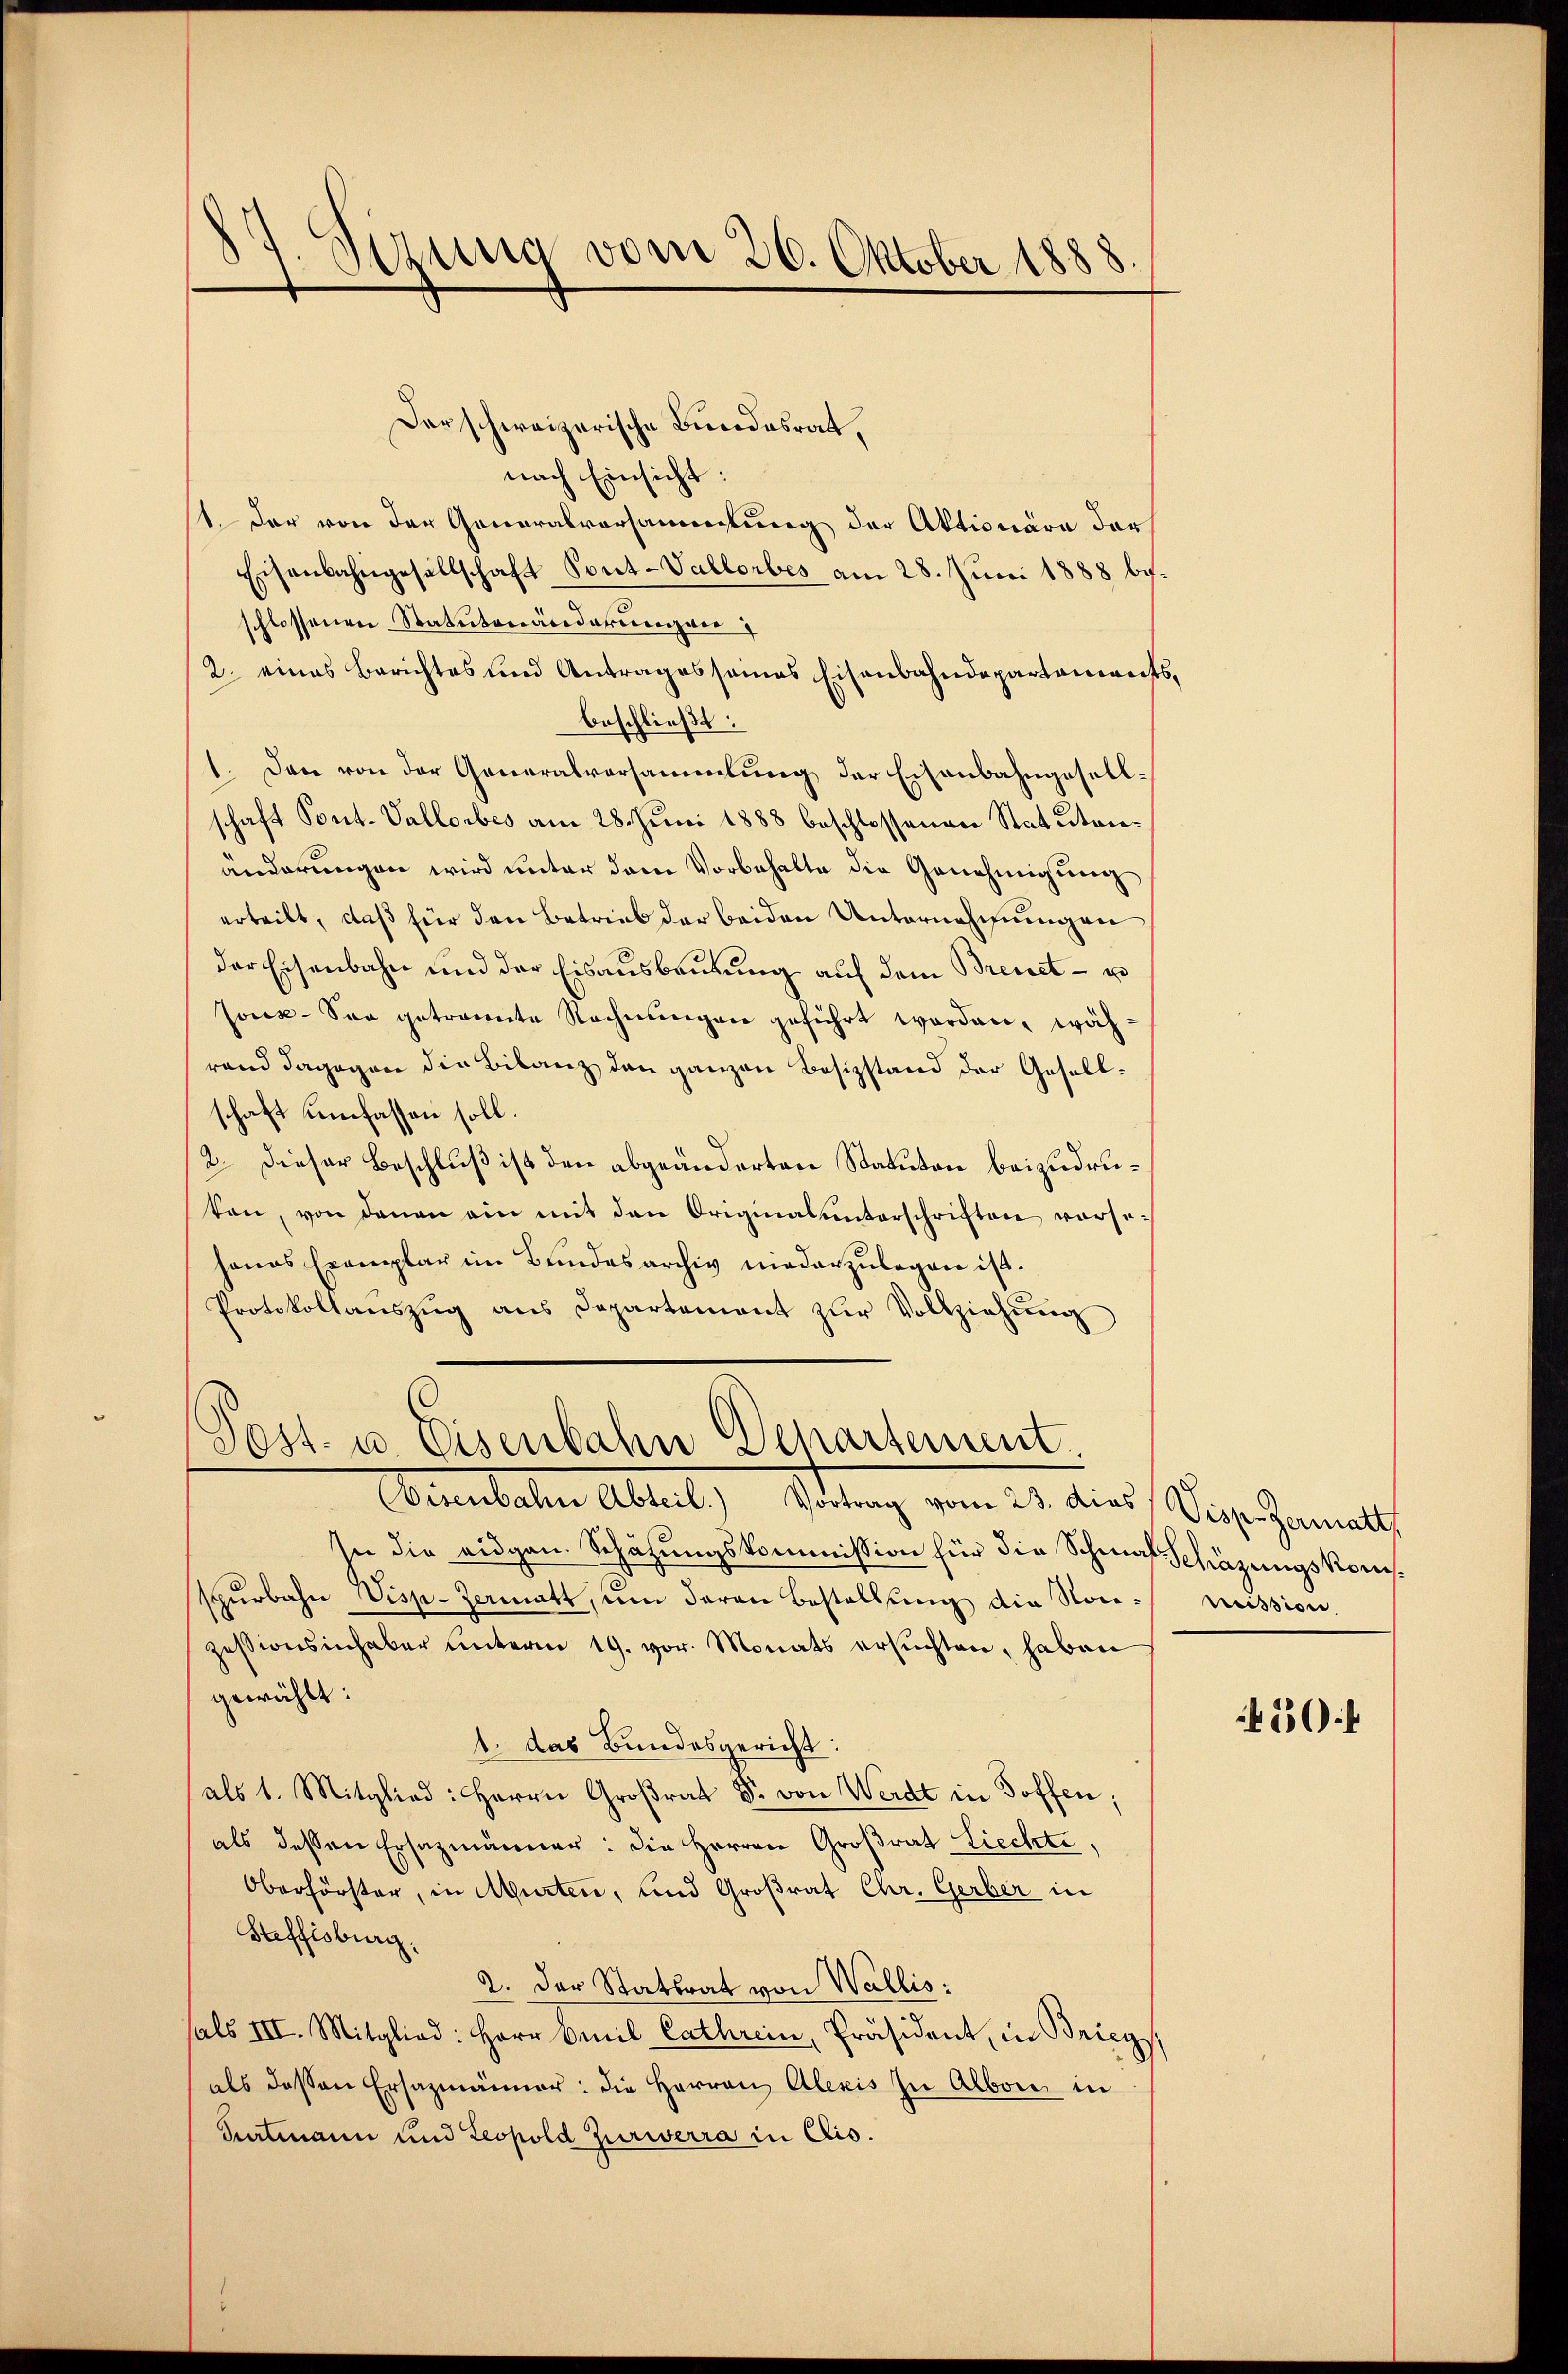
Sizung vom 26. Oktober 1888

Der schweizerische Bundesrat,
nach Einsicht:
st. Der von der Generalvorsammlung der Aktionäre darf
Eisenbahngesellschaft Pont-Vallorbes am 28. Juni 1888 beschlossenen Statutenänderenzver
2. eines Berichtes und Antrages seines Eisenbahndepartements,
beschließt:
1. Dann von der Generalversammlung der Eisenbahngesellschaft Pont. Vallorbes am 28. Juni 1888 beschlossenen Statutenänderungen wird unter dem Vorbehalte die Genehmigung
erteilt, daß für den Betrieb der beiden Unternehmungen
der Eisenbahn und der Eisausbeutung auf dem Breuet- u
Joux-Soo getrennte Rechnungen geführt worden, währand dagegen die Bilanz den ganzen Besitzstand der Gesellschaft umfassen soll.
2. Dieser Beschluß ist den abgeänderten Statuten beizudruten, von denen ein mit den Originalunterschriften vorsehanas Exemplar im Bundesarchiv niederzŭlegen ist.
Protokollauszug aus Departement zŭr Vollziehŭng
Post- u. Eisenbahn Departement.
Wisenbahn Abteil.) Vortrag vom 23. dies Visp. Zermatt
In die eidgen. Schätzungskommission für die Schmal Schäzungskomspŭrbahn Wisp-Zermatt, um daran Bestellŭng die Non-mission.
zessionsinhaber unterm 19. vor. Monats ersuchten, haben
gewählt:
1. das Bundesgericht:
als 1. Mitglied: Herrn Großrat Dr. von Werdt in Hoffen;
als dessen Ersatzmänner: die Herren Großrat Liechte,
Oberförster, in Murten, und Großrat Chr. Gerber in
Steffisburg.
2. Der Statsrat von Wallis:
als III. Mitglied: Herr Emil Cathrein, Präsident, in Brieg,
als dassen Ersazmänner: die Herren Alexis zu Alboni in
Patmann und Leopold Zurierra in Elis.

50f